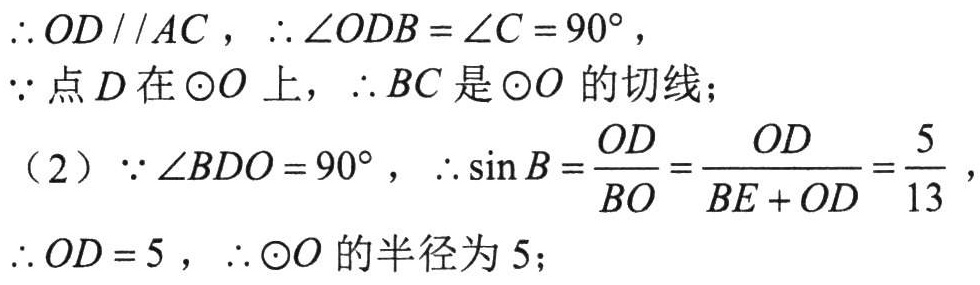
\(\therefore OD\parallel AC,\therefore \angle ODB = \angle C = 90^{\circ},\)
\(\because\)点\(D\)在\(\odot O\)上，\(\therefore BC\)是\(\odot O\)的切线；
（2）\(\because \angle BDO = 90^{\circ},\therefore \sin B=\frac{OD}{BO}=\frac{OD}{BE + OD}=\frac{5}{13},\)
\(\therefore OD = 5,\therefore \odot O\)的半径为\(5\)；